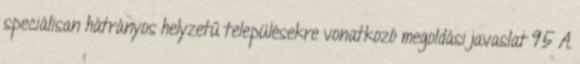
speciálisan hátrányos helyzetű településekre vonatkozó megoldási javaslat 95 A